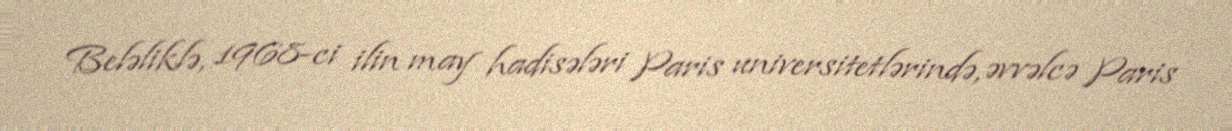
Beləliklə, 1968-ci ilin may hadisələri Paris universitetlərində, əvvəlcə Paris